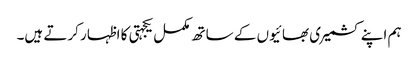
ہم اپنے کشمیری بھائیوں کے ساتھ مکمل یکجہتی کا اظہار کرتے ہیں۔